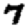
Digit: 7